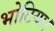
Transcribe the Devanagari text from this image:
भोटिया।